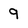
Character: 9